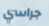
جراسي